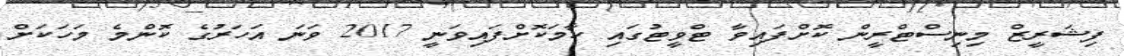
ފިޝަރީޒް މިނިސްޓްރީން ކޮށްފައިވާ ޓްވީޓުގައި ހާމަކޮށްފައިވަނީ 2017 ވަނަ އަހަރުގެ ކޮންމެ މަހަކަށް